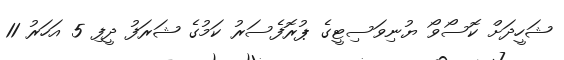
ޝަހީދަށް ކޮސޯވޯ ޔުނިވަސިޓީގެ ޕުރޮފެސަރު ކަމުގެ ޝަރަފު ދީފި 5 އަހަރު 11